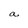
Character: a